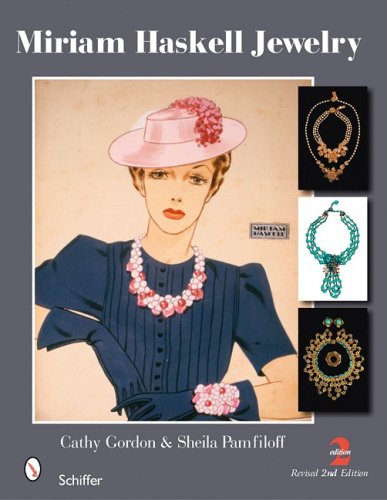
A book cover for Miriam Haskell Jewelry; Cathy Gordon; Crafts, Hobbies & Home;